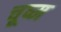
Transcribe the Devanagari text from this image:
चूष्म